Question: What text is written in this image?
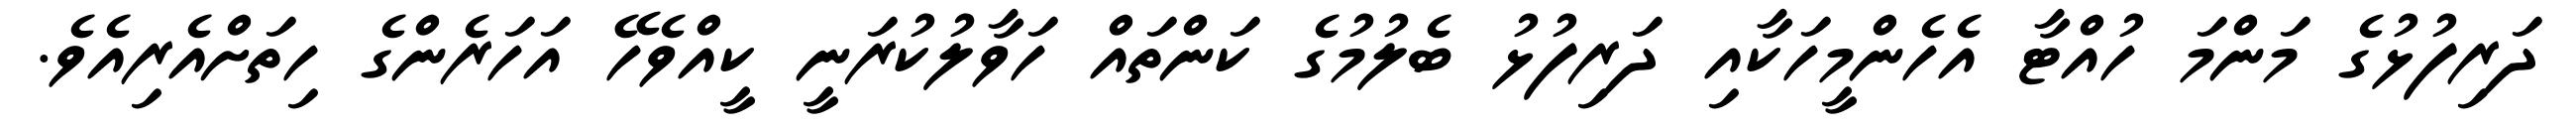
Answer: ދަރިފުޅުގެ މަންމަ ހުއްޓާ އެހެންމީހަކާއި ދަރިފުޅު ބެލުމުގެ ކަންތައް ހަވާލުކުރަނީ ކީއްވެހޭ އަހަރެންގެ ހިތަށްއެރިއެވެ.